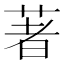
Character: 著